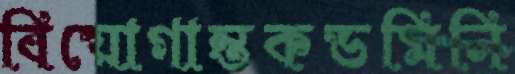
বিয়োগান্তকডমিনি